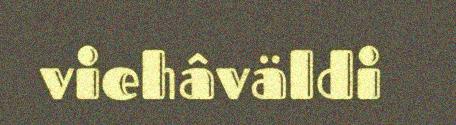
viehâväldi